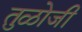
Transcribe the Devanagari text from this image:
तुळोजी